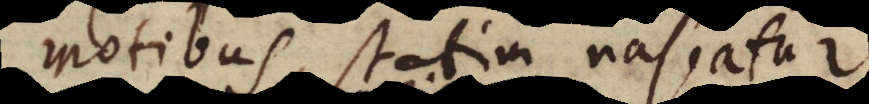
motibus statim nascatur,